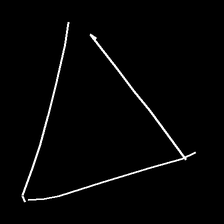
Glyph: convergence